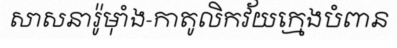
សាសនារ៉ូម៉ាំង-កាតូលិកវ័យក្មេងបំពាន